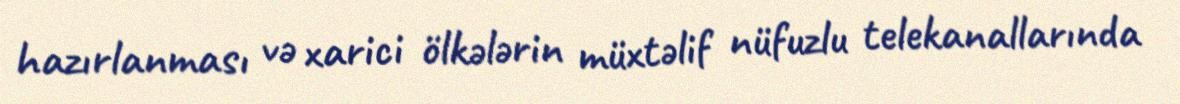
hazırlanması və xarici ölkələrin müxtəlif nüfuzlu telekanallarında